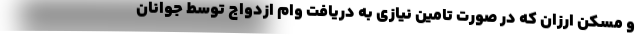
و مسکن ارزان که در صورت تامین نیازی به دریافت وام ازدواج توسط جوانان